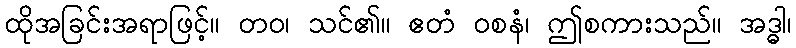
ထိုအခြင်းအရာဖြင့်။ တဝ၊ သင်၏။ ဧတံ ဝစနံ၊ ဤစကားသည်။ အဒ္ဓါ၊